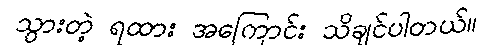
သွားတဲ့ ရထား အကြောင်း သိချင်ပါတယ်။